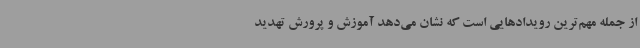
از جمله مهم‌ترین رویدادهایی است که نشان می‌دهد آموزش و پرورش تهدید